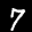
Digit: 7